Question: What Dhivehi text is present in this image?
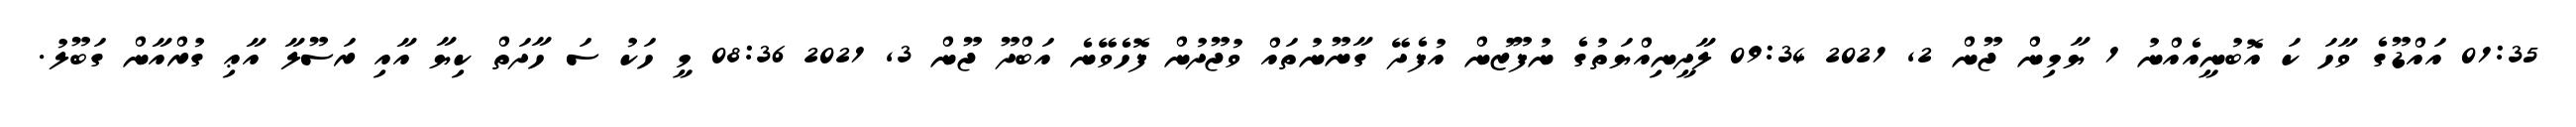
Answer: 01:35 އައްޑޫގެ ވާހަ ކަ އޮބުނީއެއްނު 1 ޔާމިން ޖޫން 2, 2021 09:34 ލާދީނިއްޔަތުގެ ނުފޫޒުން އުފެދޭ ގާނޫނުތައް ވުޖޫދުން ފޮހެވޭނެ އަބްދޫ ޖޫން 3, 2021 08:36 މީ ހަކު ސަ ހާދަތް ކިޔާ އާއި ރަސޫލާ އާޢި ގުރްއާން ގަބޫލު.